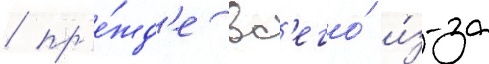
/ пр'е́жд'е вс'его́ и́з-за